Civil Veterinary Department. Central Provinces & Berar 1925-31 - 1925-1931
Year: 1925
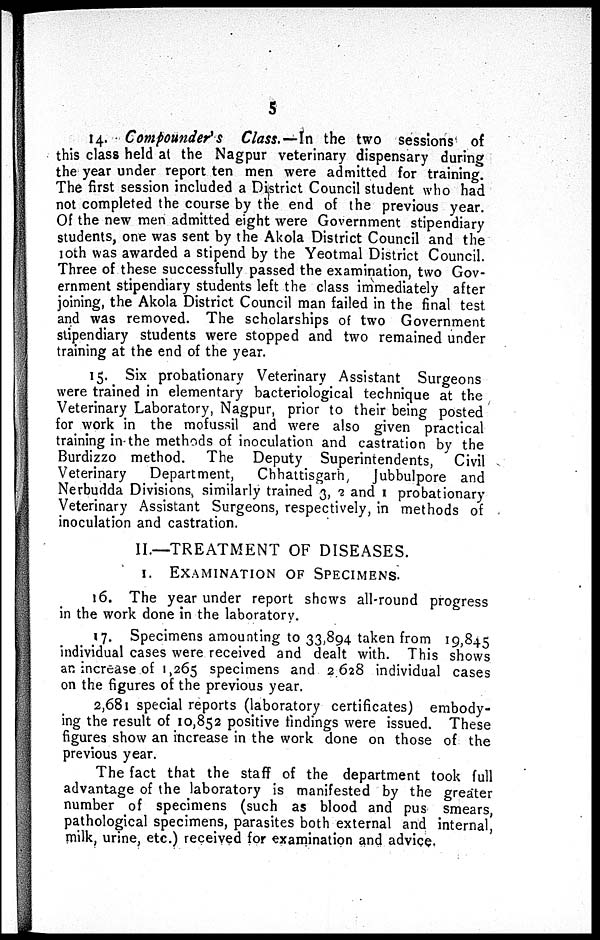
5
14. Compounder's Class.—In the two sessions of
this class held at the Nagpur veterinary dispensary during
the year under report ten men were admitted for training.
The first session included a District Council student who had
not completed the course by the end of the previous year.
Of the new men admitted eight were Government stipendiary
students, one was sent by the Akola District Council and the
10th was awarded a stipend by the Yeotmal District Council.
Three of these successfully passed the examination, two Gov-
ernment stipendiary students left the class immediately after
joining, the Akola District Council man failed in the final test
and was removed. The scholarships of two Government
stipendiary students were stopped and two remained under
training at the end of the year.
15. Six probationary Veterinary Assistant Surgeons
were trained in elementary bacteriological technique at the
Veterinary Laboratory, Nagpur, prior to their being posted
for work in the mofussil and were also given practical
training in the methods of inoculation and castration by the
Burdizzo method. The Deputy Superintendents, Civil
Veterinary Department, Chhattisgarh, Jubbulpore and
Nerbudda Divisions, similarly trained 3, 2 and 1 probationary
Veterinary Assistant Surgeons, respectively, in methods of
inoculation and castration.
II.—TREATMENT OF DISEASES.
I. EXAMINATION OF SPECIMENS.
16. The year under report shows all-round progress
in the work done in the laboratory.
17. Specimens amounting to 33,894 taken from 19,845
individual cases were received and dealt with. This shows
an increase of 1,265 specimens and 2628 individual cases
on the figures of the previous year.
2,681 special reports (laboratory certificates) embody-
ing the result of 10,852 positive findings were issued. These
figures show an increase in the work done on those of the
previous year.
The fact that the staff of the department took full
advantage of the laboratory is manifested by the greater
number of specimens (such as blood and pus smears,
pathological specimens, parasites both external and internal,
milk, urine, etc.) received for examination and advice.